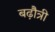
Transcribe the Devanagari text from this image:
बढ़ौत्री